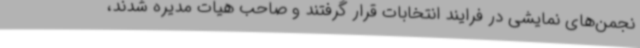
نجمن‌های نمایشی در فرایند انتخابات قرار گرفتند و صاحب هیات مدیره شدند،